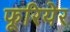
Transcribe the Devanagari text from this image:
फूरियेर